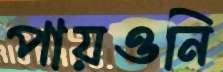
পায়ওনি